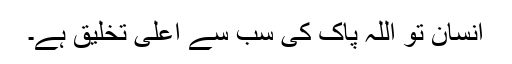
انسان تو اللّہ پاک کی سب سے اعلیٰ تخلیق ہے۔